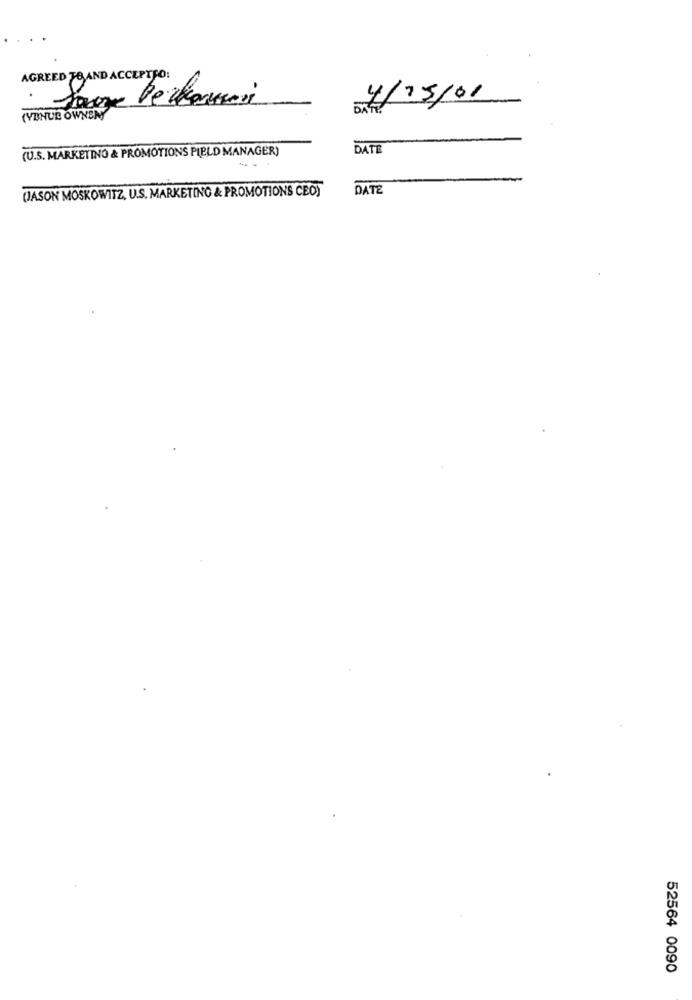
AGREED TOAND ACCEPTJO:
Sauze De camion
4/15/01
(VENUE OWNEN
(U.S. MARKETING & PROMOTIONS PIELD MANAGER)
DATE
(JASON MOSKOWITZ, U.S. MARKETING & PROMOTIONS CEO)
DATE
52564 0090